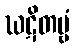
ဃဋိတဗ္ဗံ